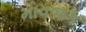
માવજક